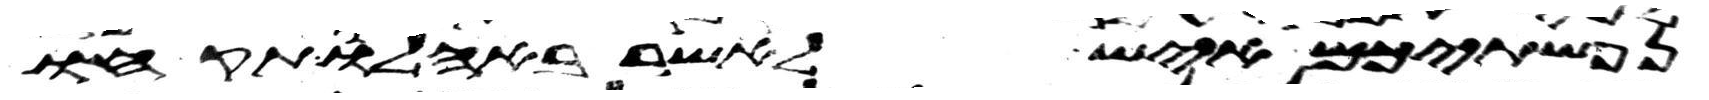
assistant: נפשתיכם איש לאשר באהלו תקחו